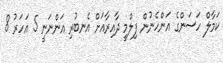
ކަމާލް ހަސަންގެ އަންހެނުން ފިލްމީ ދާއިރާއަށް އެނބުރި އަންނަނީ 5 އަހަރު 8